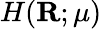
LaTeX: H(\mathbf{R};\mu)